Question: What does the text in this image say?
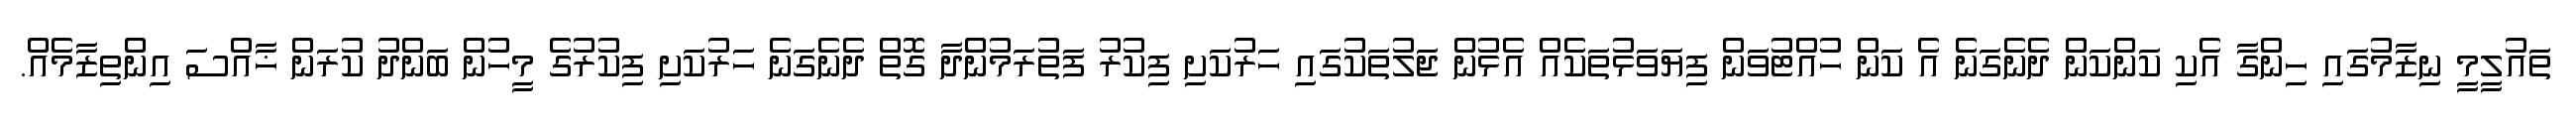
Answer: ތައުލީމީ ނިޒާމުގައި ހިންގާ އެކި ކަންކަން ދެނެގަނެ އެ ކަން ހުއްޓުވަން ފިޔަވަޅުތަކެއް އެޅުން ޖަލުތަކުގައި ހަރުކަށި ފިކުރު ފަތުރަމުންދާ ގޮތް ދެނެގަނެ ހަރުކަށި ފިކުރުގެ މީހުން ބަންދު ކުރަން ޚާއްސަ އިންތިޒާމެއް.